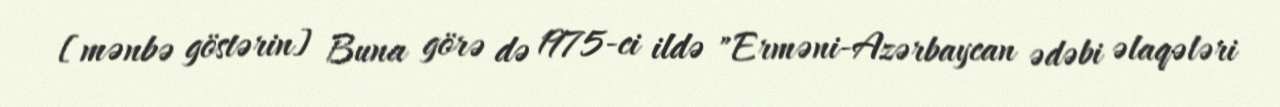
[mənbə göstərin] Buna görə də 1975-ci ildə "Erməni-Azərbaycan ədəbi əlaqələri